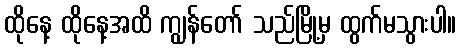
ထိုနေ့ ထိုနေ့အထိ ကျွန်တော် သည်မြို့မှ ထွက်မသွားပါ။